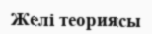
Желі теориясы